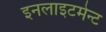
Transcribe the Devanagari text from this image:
इनलाइटमेन्ट